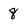
Character: 8